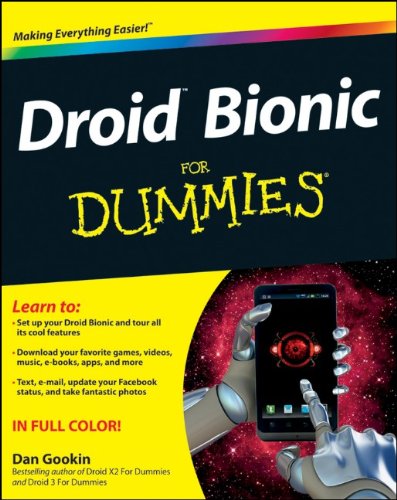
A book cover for Droid Bionic For Dummies; Dan Gookin; Computers & Technology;